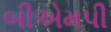
બીએમપી